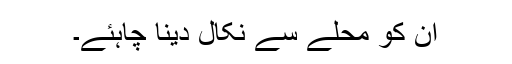
ان کو محلے سے نکال دینا چاہئے۔